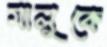
মালুকে